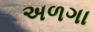
અળગા